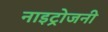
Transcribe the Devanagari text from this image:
नाइट्रोजनी